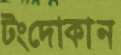
টংদোকান